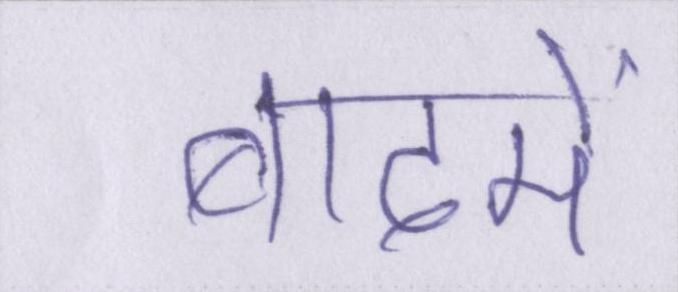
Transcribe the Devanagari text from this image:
बादमें